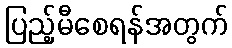
ပြည့်မီစေရန်အတွက်